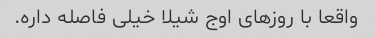
واقعا با روزهای اوج شیلا خیلی فاصله داره.